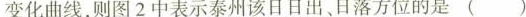
变化曲线，则图2中表示泰州该日日出、日落方位的是()